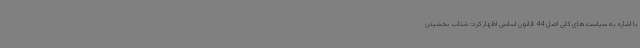
با اشاره به سیاست‌های کلی اصل 44 قانون اساسی اظهار کرد: شتاب بخشیدن